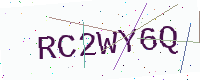
Text: RC2WY6Q